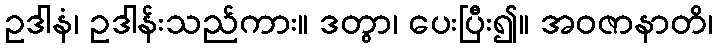
ဥဒါနံ၊ ဥဒါန်းသည်ကား။ ဒတွာ၊ ပေးပြီး၍။ အဝဇာနာတိ၊